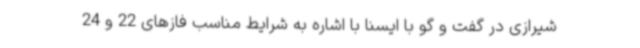
شیرازی در گفت و گو با ایسنا با اشاره به شرایط مناسب فازهای 22 و 24